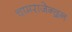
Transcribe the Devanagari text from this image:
चामराजेन्द्रन